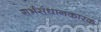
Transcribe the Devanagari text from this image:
गर्भसंधानकारक